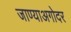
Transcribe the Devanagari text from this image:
जाण्याअगोदर